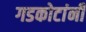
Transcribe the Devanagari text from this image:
गडकोटांनी